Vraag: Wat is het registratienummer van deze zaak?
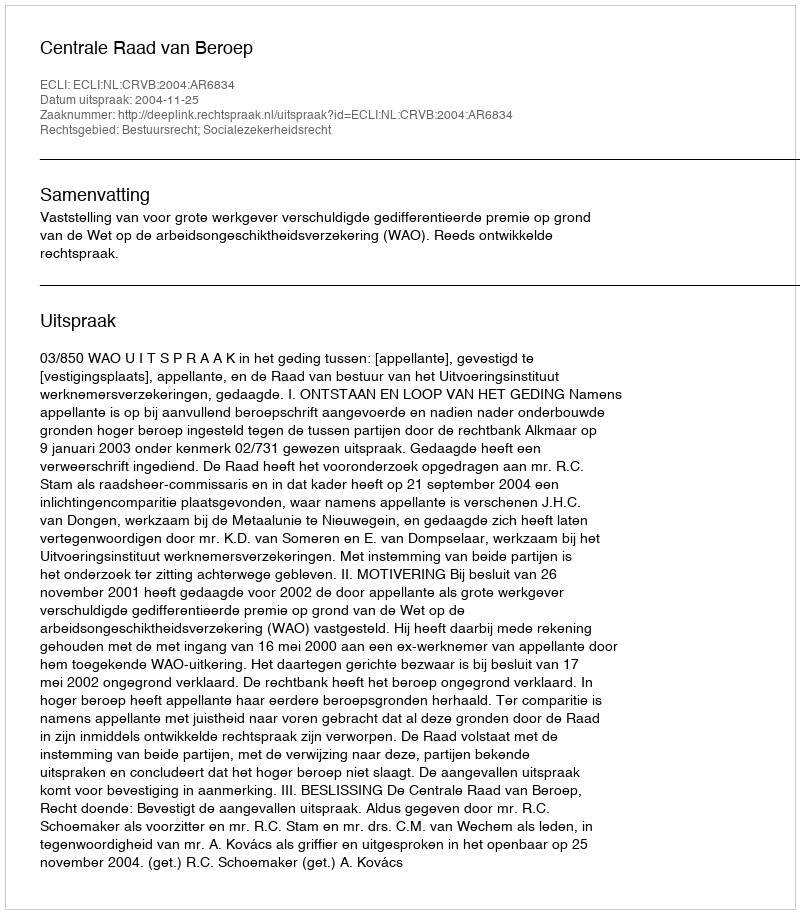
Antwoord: http://deeplink.rechtspraak.nl/uitspraak?id=ECLI:NL:CRVB:2004:AR6834